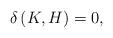
LaTeX: \begin{align*}\delta \left( K,H\right) =0, \end{align*}